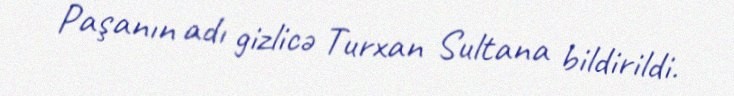
Paşanın adı gizlicə Turxan Sultana bildirildi.